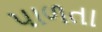
પાળતા